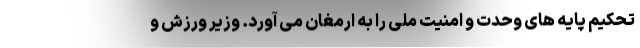
تحکیم پایه های وحدت و امنیت ملی را به ارمغان می آورد. وزیر ورزش و